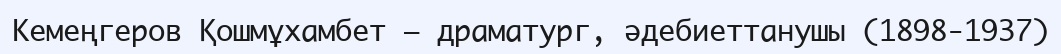
Кемеңгеров Қошмұхамбет – драматург, әдебиеттанушы (1898-1937)